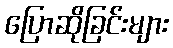
ပြောဆိုခြင်းများ